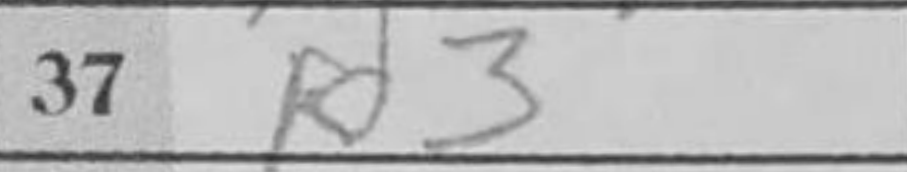
Transcription: Kd3